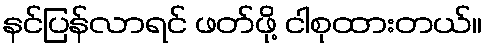
နင်ပြန်လာရင် ဖတ်ဖို့ ငါစုထားတယ်။